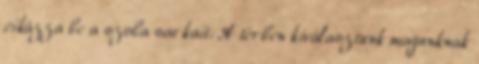
cikázza be a szoba sarkait. A térben kiválasztunk magunknak